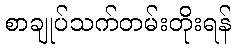
စာချုပ်သက်တမ်းတိုးရန်